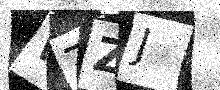
Text: WTZJ